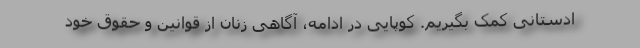
ادستانی کمک بگیریم. کوپایی در ادامه، آگاهی زنان از قوانین و حقوق خود